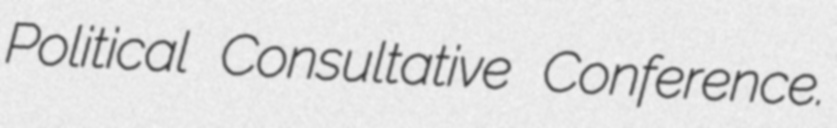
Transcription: Political Consultative Conference.